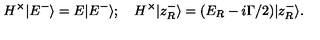
H ^ { \times } | E ^ { - } \rangle = E | E ^ { - } \rangle ; \quad H ^ { \times } | z _ { R } ^ { - } \rangle = ( E _ { R } - i \Gamma / 2 ) | z _ { R } ^ { - } \rangle .